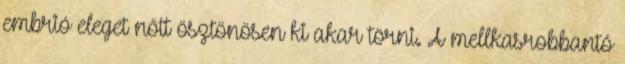
embrió eleget nőtt ösztönösen ki akar törni. A mellkasrobbantó